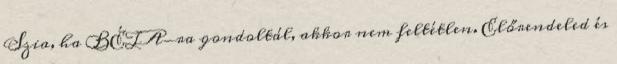
Szia, ha BÉTA-ra gondoltál, akkor nem feltétlen. Előrendeled és